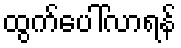
ထွက်ပေါ်လာရန်